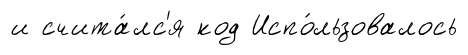
и счита́лс'я код Испо́льзовалось